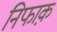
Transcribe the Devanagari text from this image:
निफाक़